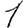
Digit: 1